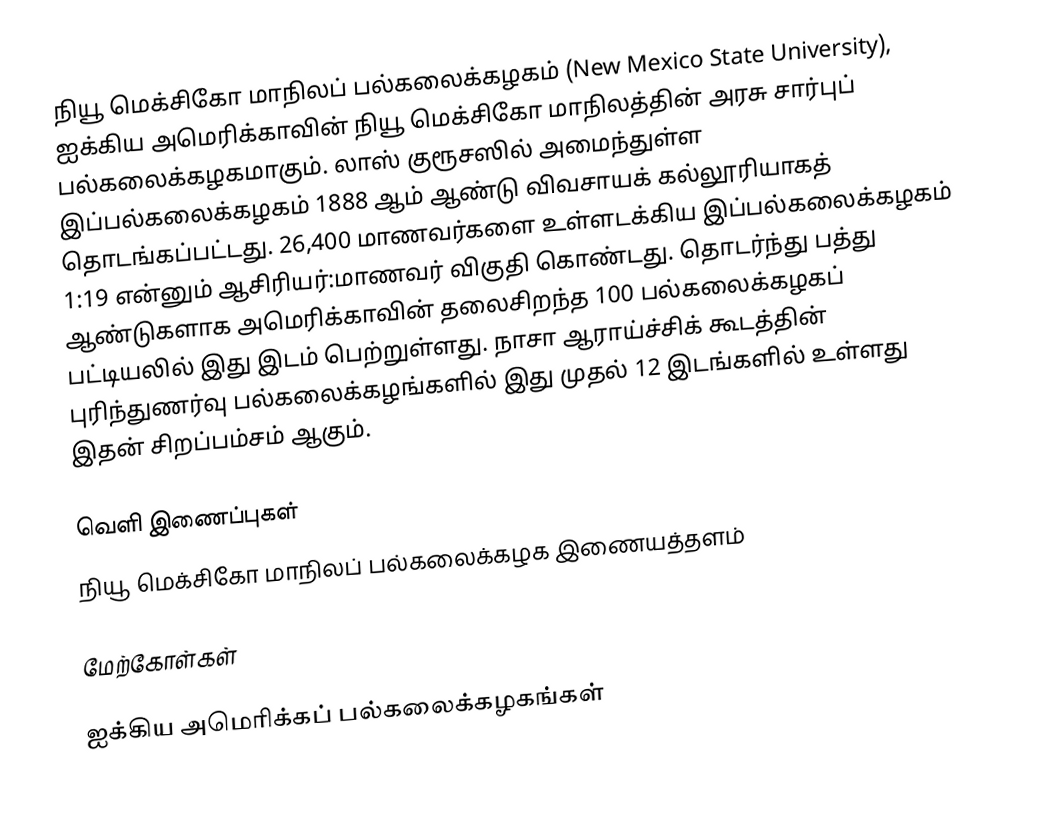
நியூ மெக்சிகோ மாநிலப் பல்கலைக்கழகம் (New Mexico State University), ஐக்கிய அமெரிக்காவின் நியூ மெக்சிகோ மாநிலத்தின் அரசு சார்புப் பல்கலைக்கழகமாகும். லாஸ் குரூசஸில் அமைந்துள்ள இப்பல்கலைக்கழகம் 1888 ஆம் ஆண்டு விவசாயக் கல்லூரியாகத் தொடங்கப்பட்டது. 26,400 மாணவர்களை உள்ளடக்கிய இப்பல்கலைக்கழகம் 1:19 என்னும் ஆசிரியர்:மாணவர் விகுதி கொண்டது. தொடர்ந்து பத்து ஆண்டுகளாக அமெரிக்காவின் தலைசிறந்த 100 பல்கலைக்கழகப் பட்டியலில் இது இடம் பெற்றுள்ளது. நாசா ஆராய்ச்சிக் கூடத்தின் புரிந்துணர்வு பல்கலைக்கழங்களில் இது முதல் 12 இடங்களில் உள்ளது இதன் சிறப்பம்சம் ஆகும்.

வெளி இணைப்புகள்
நியூ மெக்சிகோ மாநிலப் பல்கலைக்கழக இணையத்தளம்

மேற்கோள்கள்

ஐக்கிய அமெரிக்கப் பல்கலைக்கழகங்கள்